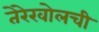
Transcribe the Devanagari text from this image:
तेरेखोलची